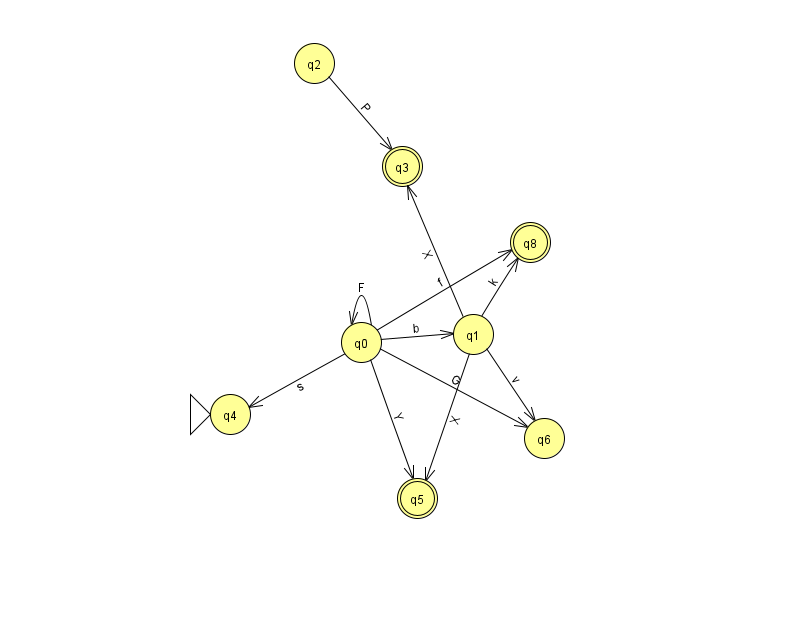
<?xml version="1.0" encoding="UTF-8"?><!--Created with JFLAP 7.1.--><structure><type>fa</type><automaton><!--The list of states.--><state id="0" name="q0"><x>361.0</x><y>329.0</y></state><state id="1" name="q1"><x>473.0</x><y>321.0</y></state><state id="2" name="q2"><x>314.0</x><y>50.0</y></state><state id="3" name="q3"><x>402.0</x><y>153.0</y><final/></state><state id="4" name="q4"><x>230.0</x><y>401.0</y><initial/></state><state id="5" name="q5"><x>417.0</x><y>485.0</y><final/></state><state id="6" name="q6"><x>544.0</x><y>425.0</y></state><state id="8" name="q8"><x>530.0</x><y>229.0</y><final/></state><!--The list of transitions.--><transition><from>0</from><to>1</to><read>b</read></transition><transition><from>0</from><to>4</to><read>s</read></transition><transition><from>1</from><to>8</to><read>k</read></transition><transition><from>1</from><to>6</to><read>v</read></transition><transition><from>0</from><to>0</to><read>F</read></transition><transition><from>0</from><to>6</to><read>G</read></transition><transition><from>1</from><to>3</to><read>X</read></transition><transition><from>0</from><to>8</to><read>f</read></transition><transition><from>0</from><to>5</to><read>Y</read></transition><transition><from>2</from><to>3</to><read>P</read></transition><transition><from>1</from><to>5</to><read>X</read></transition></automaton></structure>